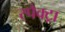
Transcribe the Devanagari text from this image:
स्पैक्ट्रा